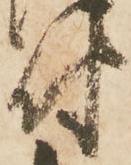
付